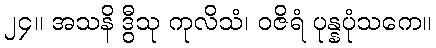
၂၄။ အသနိ ဒွီသု ကုလိသံ၊ ဝဇိရံ ပုန္နပုံသကေ။